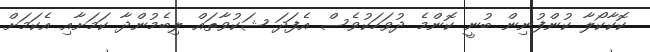
ކޮކާކޯލާ ކުންފުނިން ބުނީ ކޮންމެ ދުވަހަކުވެސް އެފަދަ ޝަކުވާތައް ލިބެމުންދާ ކަމަށާއި އެކަމަށް